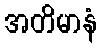
အတိမာနံ